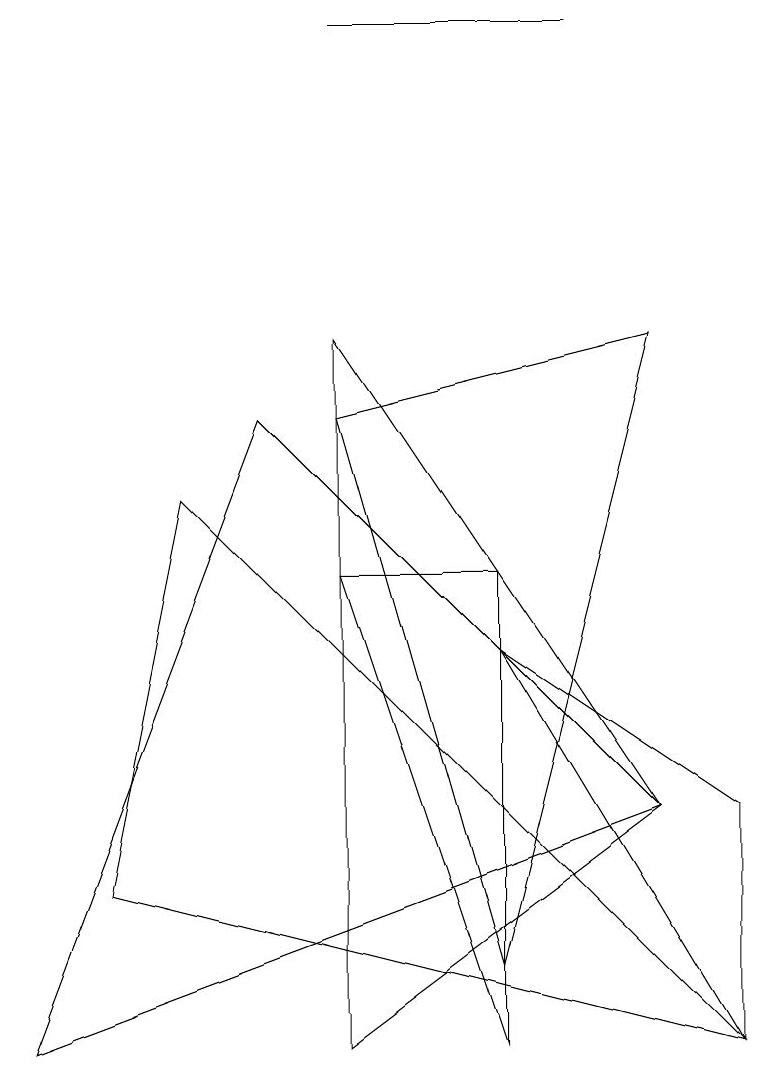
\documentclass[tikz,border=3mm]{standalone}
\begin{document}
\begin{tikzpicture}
\draw (9,0) -- (1,2) -- (2,7) -- cycle;
\draw (4,6) -- (6,6) -- (6,0) -- cycle;
\draw (4,9) -- (8,3) -- (4,0) -- cycle;
\draw (7,13) rectangle (4,13);
\draw (9,0) -- (9,3) -- (6,5) -- cycle;
\draw (8,3) -- (3,8) -- (0,0) -- cycle;
\draw (8,9) -- (6,1) -- (4,8) -- cycle;
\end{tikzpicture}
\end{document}